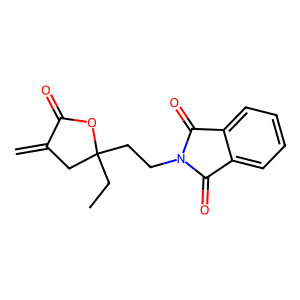
SMILES: C=C1CC(CC)(CCN2C(=O)c3ccccc3C2=O)OC1=O
Inhibits HIV replication: No